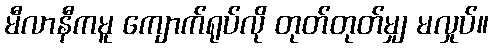
မီလာနီကမူ ကျောက်ရုပ်လို တုတ်တုတ်မျှ မလှုပ်။